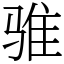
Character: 骓